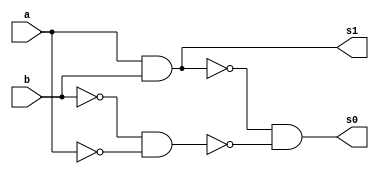
// Guia 05
// Nome: Raphaela Fernanda Silva

module operadorMS ( s0, s1, a, b );
output s0, s1;
input a, b;
wire s2, s3, s4, s5, s6;

nand NAND1(s6, a, a);
nand NAND2(s5, b, b);
nand NAND3(s4, s5, s6);
nand NAND4(s3, a, b);
nand NAND5(s2, s3, s4);
nand NAND6(s0, s2);
nand NAND7(s1, s3);

endmodule


module operadorSC (s0,s1,a,b,c);
output s0,s1;
input a,b,c;
wire s2,s3,s4,s5,s6;

operadorMS MS1(s2,s3,a,b);
operadorMS MS2(s0,s4,s2,c);
nand NAND1(s5,s3,s3);
nand NAND2(s6,s4,s4); 
nand NAND3(s1,s5,s6);

endmodule


module SC3Bits (s,a,b);
output[3:0]s;
input[2:0]a,b;
wire[1:0]c;

operadorMS MD1(s[0],c[0],a[0],b[0]);
operadorSC SC1(s[1],c[1],a[1],b[1],c[0]);
operadorSC SC2(s[2],s[3],a[2],b[2],c[1]);

endmodule

module testSC;
reg[2:0]a,b;
wire[3:0]s;
integer i,j;

SC3Bits SC3B(s,a,b);

initial begin : start

a=0; b=0;

end

initial begin : main

#1 $display ( " Operador Soma Completa Com Portas NAND - 3 Bits " );
#1 $display ( "   a  +  b   =  s   " );
	$monitor ( " %3b  %3b  = %4b ",a,b,s);
	
	for ( i = 0; i < 8; i = i + 1)begin
	 a = i;
	for ( j = 0; j < 8; j = j + 1)begin
	#1 b = j;
	end
	end
				
end

endmodule

/*  Operador Soma Completa Com Portas NAND - 3 Bits 
       a  +  b   =  s   
     000  000  = 0000 
     000  001  = 0001 
     000  010  = 0010 
     000  011  = 0011 
     000  100  = 0100 
     000  101  = 0101 
     000  110  = 0110 
     001  111  = 1000 
     001  000  = 0001 
     001  001  = 0010 
     001  010  = 0011 
     001  011  = 0100 
     001  100  = 0101 
     001  101  = 0110 
     001  110  = 0111 
     010  111  = 1001 
     010  000  = 0010 
     010  001  = 0011 
     010  010  = 0100 
     010  011  = 0101 
     010  100  = 0110 
     010  101  = 0111 
     010  110  = 1000 
     011  111  = 1010 
     011  000  = 0011 
     011  001  = 0100 
     011  010  = 0101 
     011  011  = 0110 
     011  100  = 0111 
     011  101  = 1000 
     011  110  = 1001 
     100  111  = 1011 
     100  000  = 0100 
     100  001  = 0101 
     100  010  = 0110 
     100  011  = 0111 
     100  100  = 1000 
     100  101  = 1001 
     100  110  = 1010 
     101  111  = 1100 
     101  000  = 0101 
     101  001  = 0110 
     101  010  = 0111 
     101  011  = 1000 
     101  100  = 1001 
     101  101  = 1010 
     101  110  = 1011 
     110  111  = 1101 
     110  000  = 0110 
     110  001  = 0111 
     110  010  = 1000 
     110  011  = 1001 
     110  100  = 1010 
     110  101  = 1011 
     110  110  = 1100 
     111  111  = 1110 
     111  000  = 0111 
     111  001  = 1000 
     111  010  = 1001 
     111  011  = 1010 
     111  100  = 1011 
     111  101  = 1100 
     111  110  = 1101
 */